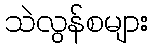
သဲလွန်စများ